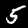
Digit: 5